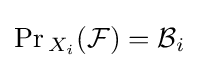
\Pr {}_{X_{i}}({\mathcal {F}})={\mathcal {B}}_{i}